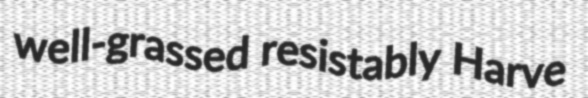
well-grassed resistably Harve